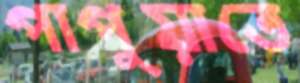
পাপুয়াতে